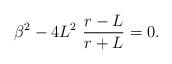
LaTeX: \begin{align*}\beta^{2}-4L^{2}\,\,\frac{r-L}{r+L}=0.\end{align*}